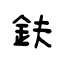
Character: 鈇